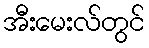
အီးမေးလ်တွင်